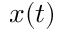
x ( t )